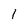
Character: 1